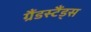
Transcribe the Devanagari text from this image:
ग्रैंडस्टैंड्स